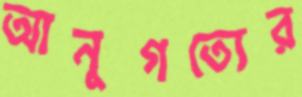
আনুগত্যের